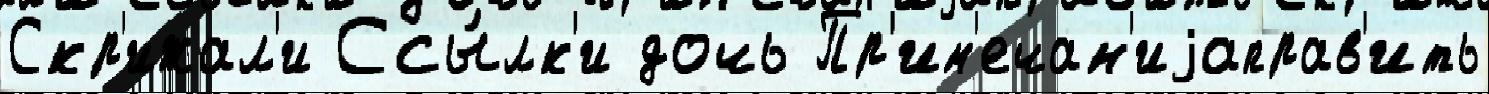
Скр'ижал'и Ссы́лк'и дочь Пр'им'ечан'иjаправ'ить